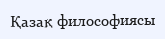
Қазақ философиясы